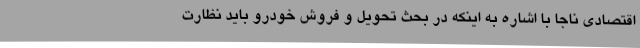
اقتصادی ناجا با اشاره به اینکه در بحث تحویل و فروش خودرو باید نظارت